Insane asylums Bombay 1873-77 - 1873-1877
Year: 1873
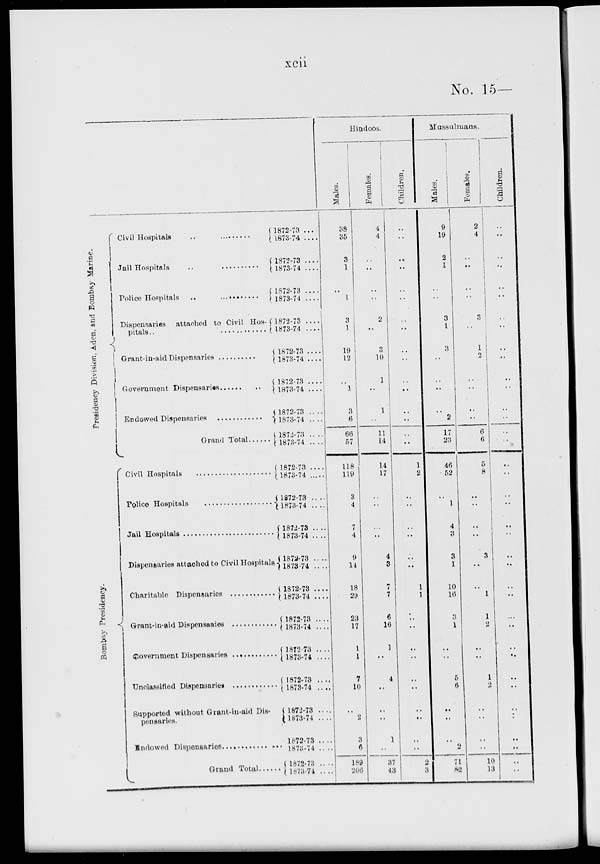
xcii
No. 15—
Presidency Division, Aden, and Bombay Marine.
Bombay Presidency.
Civil Hospitals ..
Jail Hospitals
Police Hospitals ..
Dispensaries attached to Civil Hospitals ..
Grant-in-aid Dispensaries
Government Dispensaries
Endowed Dispensaries
Grand Total
Civil Hospitals
Police Hospitals
Jail Hospitals
Dispensaries attached to Civil Hospitals
Charitable Dispensaries
Grant-in-aid Dispensaries
Government Dispensaries
Unclassified Dispensaries
Supported without Grant-in-aid Dis-
pensaries.
Endowed Dispensaries
Grand Total
1872-73 ....
1873-74 ....
1872-73 ....
1873-74 ....
1872-73 ....
1873-74 ....
1872-73 ....
1873-74
....
1872-73 ....
1873-74 ....
1872-73 ....
1873-74 ....
1872-73 ....
1873-74 ....
1872-73 ....
1873-74 ....
1872-73 ....
1873-74
1872-73 ....
1873-74 ....
1872-73 ....
1873-74 ....
1872-73 ....
1873-74 ....
1872-73 ....
1873-74 ....
1872-73 ....
1873-74 ....
1872-73 ....
1873-74 ....
1872-73 ....
1873-74 ....
1872-73 ....
1873-74 ....
1872-73 ....
1873-74 ....
1872-73 ....
l873-74 ....
Hindoos.
Males.
38
35
3
1
..
1
3
1
19
12
..
1
3
6
66
57
118
119
3
4
7
4
9
14
18
29
23
17
1
1
7
10
..
2
3
6
189
206
Females.
4
4
..
..
..
..
2
..
3
10
1
..
1
..
11
14
14
17
..
..
..
..
4
3
7
7
6
16
1
..
4
..
..
..
1
..
37
43
Children.
..
..
..
..
..
..
..
..
..
..
..
..
..
..
..
..
1
2
..
..
..
..
..
..
1
1
..
..
..
..
..
..
..
..
..
..
2
3
Mussulmans.
Males.
9
19
2
1
..
..
3
1
3
..
..
..
..
2
17
23
46
52
..
1
4
3
3
1
10
16
3
1
..
..
5
6
..
..
..
2
71
82
Females.
2
4
..
..
..
..
3
..
1
2
1
..
..
..
6
6
5
8
..
..
..
..
3
..
..
1
1
2
..
..
1
2
..
..
..
..
10
13
Children.
..
..
..
..
..
..
..
..
..
..
..
..
..
..
..
..
..
..
..
..
..
..
..
..
..
..
..
..
..
..
..
..
..
..
..
..
..
..